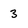
Character: 3